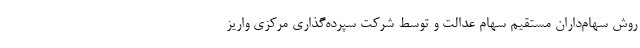
روش سهام‌داران مستقیم سهام عدالت و توسط شرکت سپرده‌گذاری مرکزی واریز